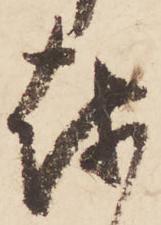
越